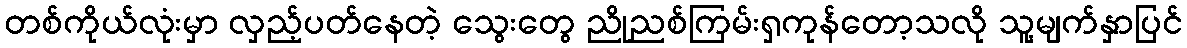
တစ်ကိုယ်လုံးမှာ လှည့်ပတ်နေတဲ့ သွေးတွေ ညိုညစ်ကြမ်းရှကုန်တော့သလို သူ့မျက်နှာပြင်